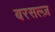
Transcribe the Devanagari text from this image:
बरसल्ज़